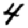
Digit: 4